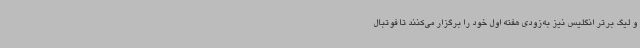
و لیگ برتر انگلیس نیز به‌زودی هفته اول خود را برگزار می‌کنند تا فوتبال